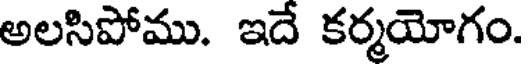
అలసిపోము. ఇదే కర్మయోగం.